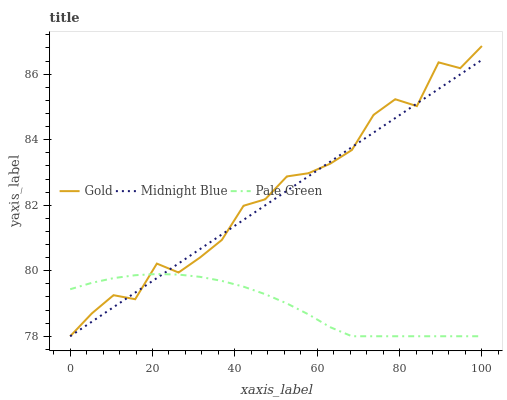
| xaxis_label | Gold | Midnight Blue | Pale Green |
 | --- | --- | --- | --- |
 | 0 | 78 | 78 | 79.4 |
 | 5.26 | 78.7 | 78.4 | 79.6 |
 | 10.5 | 79.3 | 78.9 | 79.8 |
 | 15.8 | 79.1 | 79.3 | 79.9 |
 | 21.1 | 80.2 | 79.8 | 79.9 |
 | 26.3 | 79.9 | 80.2 | 79.9 |
 | 31.6 | 80.4 | 80.7 | 79.8 |
 | 36.8 | 80.9 | 81.1 | 79.7 |
 | 42.1 | 82 | 81.6 | 79.5 |
 | 47.4 | 82.2 | 82 | 79.3 |
 | 52.6 | 82.9 | 82.4 | 79 |
 | 57.9 | 83 | 82.9 | 78.7 |
 | 63.2 | 83.3 | 83.3 | 78.3 |
 | 68.4 | 83.7 | 83.8 | 78 |
 | 73.7 | 84.8 | 84.2 | 78 |
 | 78.9 | 85.2 | 84.7 | 78 |
 | 84.2 | 85 | 85.1 | 78 |
 | 89.5 | 86.4 | 85.5 | 78 |
 | 94.7 | 86.2 | 86 | 78 |
 | 100 | 86.9 | 86.4 | 78 |